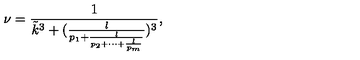
\nu = \frac { 1 } { { \tilde { k } } ^ { 3 } + ( \frac { l } { p _ { 1 } + \frac { l } { p _ { 2 } + \cdots + \frac { l } { p _ { m } } } } ) ^ { 3 } } ,